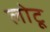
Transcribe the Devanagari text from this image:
लोटू